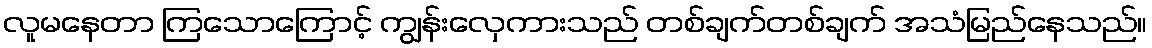
လူမနေတာ ကြသောကြောင့် ကျွန်းလှေကားသည် တစ်ချက်တစ်ချက် အသံမြည်နေသည်။